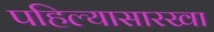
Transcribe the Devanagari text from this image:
पहिल्यासारखा